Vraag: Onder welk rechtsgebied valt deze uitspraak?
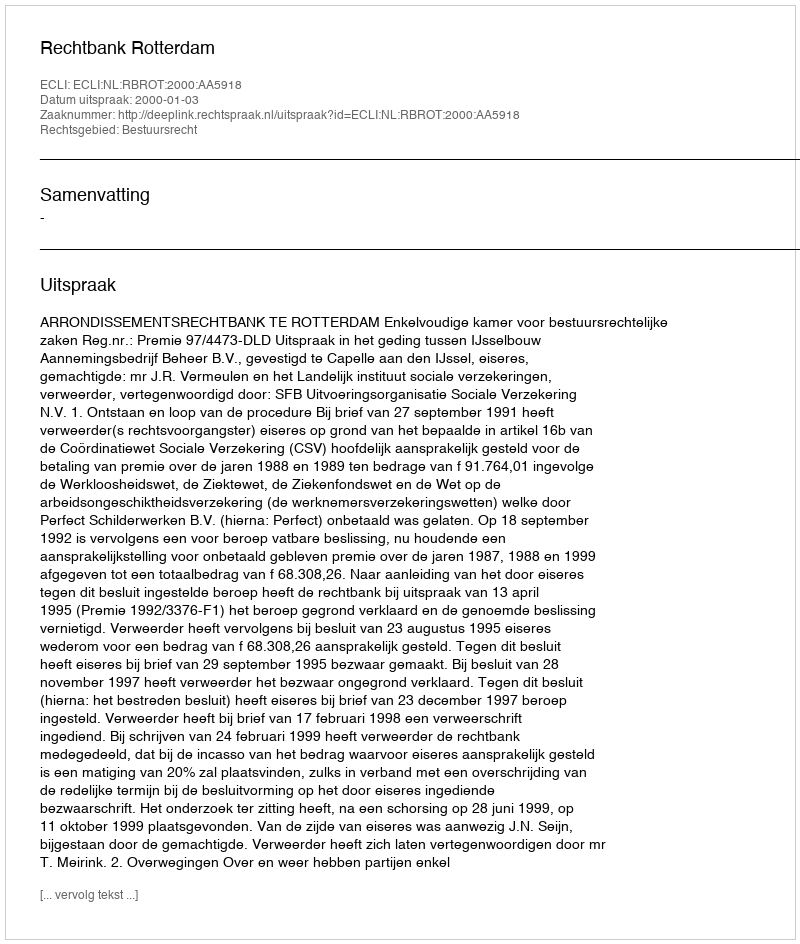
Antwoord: Bestuursrecht